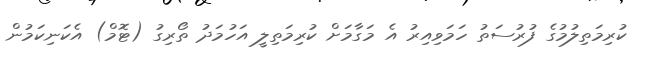
ކުރިމަތިލުމުގެ ފުރުސަތު ހަމަވިއިރު އެ މަގާމަށް ކުރިމަތިލީ އަހުމަދު ތޯރިގު (ޓޮމް) އެކަނިކަމުން